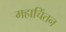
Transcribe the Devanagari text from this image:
महाचिंतन